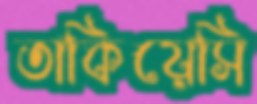
তাকিয়েসি